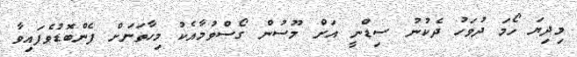
މިދިޔަ ހޯމަ ދުވަހު ދެކުނު ސިޑްނީ އަށް މޫސުން ގޯސްވުމާއެކު މިހާތަނަށް ފެންބޮޑުވެފައިވާ